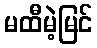
မထီမဲ့မြင်